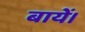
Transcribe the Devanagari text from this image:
बायें।